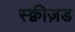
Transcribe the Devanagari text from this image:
स्क्वीज़ड